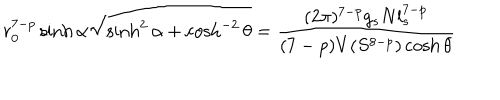
r _ { 0 } ^ { 7 - p } \sinh \alpha \sqrt { \sinh ^ { 2 } \alpha + \cosh ^ { - 2 } \theta } = \frac { ( 2 \pi ) ^ { 7 - p } g _ { s } N l _ { s } ^ { 7 - p } } { ( 7 - p ) V ( S ^ { 8 - p } ) \cosh \theta }